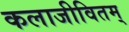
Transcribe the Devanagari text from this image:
कलाजीवितम्